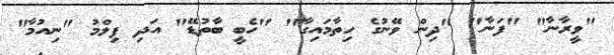
"ވީރާނާ" "ފަނާ" "ދިން ވޭނުގެ ހިތާމައިގާ" "ހެބީ ބާތުޑޭ" އަދި ފިލްމު "ނިއުމާ"